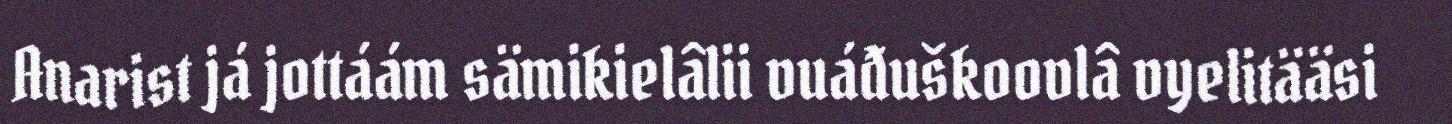
Anarist já jottáám sämikielâlii vuáđuškoovlâ vyelitääsi